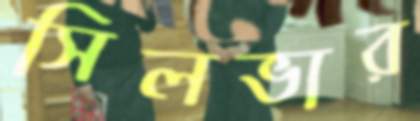
সিলভার